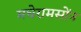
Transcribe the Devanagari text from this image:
मघेरामसोंन